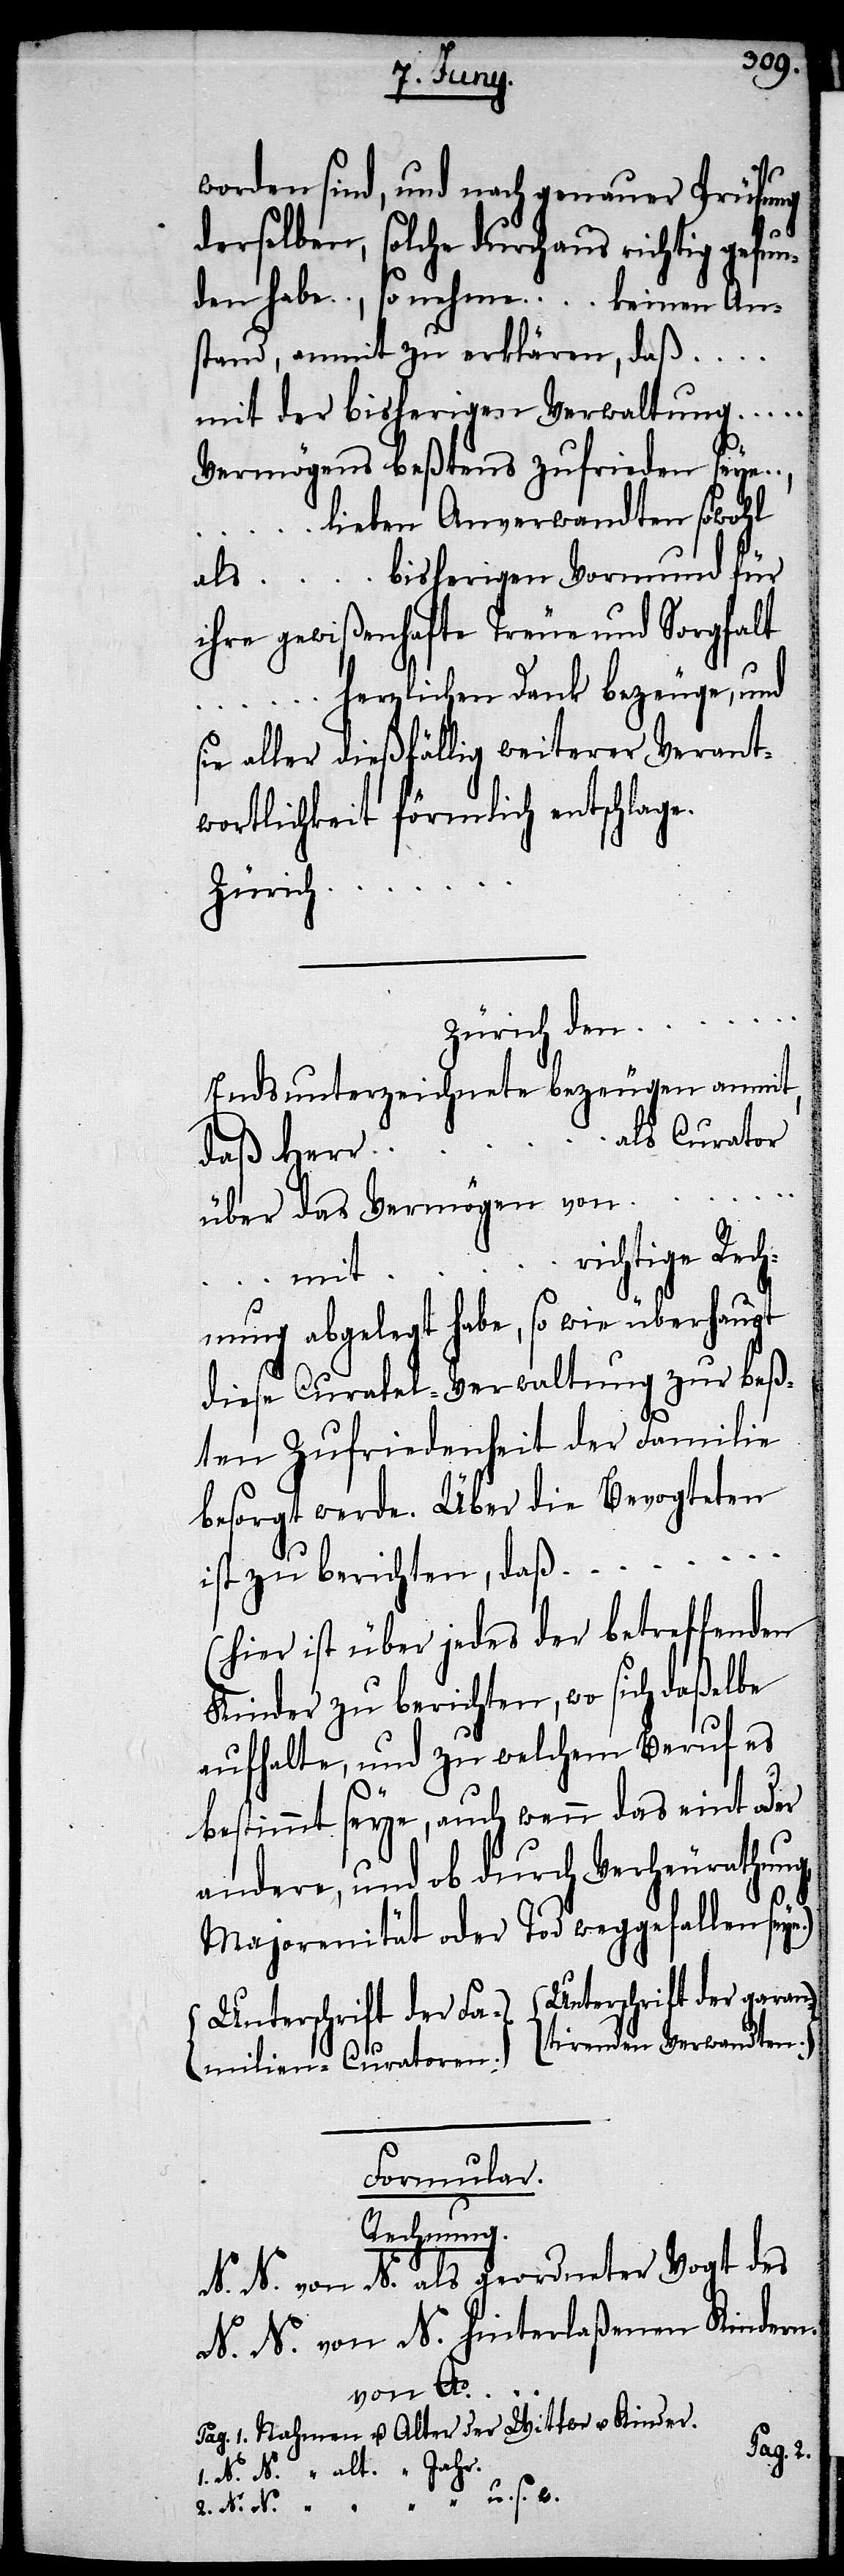
…, …
und nach genauer Prüfung
derselben, solche durchaus richtig gefun¬
den habe …, so nehme … keinen An¬
stand, anmit zu erklären, daß …
mit der bisherigen Verwaltung …
Vermögens beßtens zufrieden seye
lieben Anverwandten sowohl
bisherigen Vormund für
als …
ihre gewißenhafte Treue und Sorgfalt
… herzlichen Dank bezeuge, und
sie aller dießfällig weiterer Verant¬
wortlichkeit förmlich entschlage.
Zürich …
Zürich den …
Endsunterzeichnete bezeugen anmit,
als Curator
daß Herr
über das Vermögen von
… richtige Rech¬
mit
nung abgelegt habe, so wie überhaupt
diese Curatel-Verwaltung zur beß¬
ten Zufriedenheit der Familie
besorgt werde. Über die Bevogteten
ist zu berichten, daß …
(hier ist über jedes der betreffenden
Kinder zu berichten, wo sich daßelbe
aufhalte, und zu welchem Beruf es
bestimmt seye, auch wenn das eint oder
andere, und ob durch Verheurathung,
Majorenität oder Tod weggefallen seye.)
Unterschrift der garantirenden Verwandten.
Formular.
Rechnung.
N. N. von N. als geordneter Vogt des
N. N. von N. hinterlaßenen Kindern.
von Ao.
Pag. 1. Nahmen u. Alter der Wittwe u. Kinder.
1. N. N. “ alt. “ Jahr.
2. N. N. “ “ “ “ u. s. w.